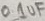
Text: 0.1uF